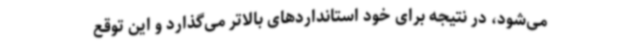
می‌شود، در نتیجه برای خود استانداردهای بالاتر می‌گذارد و این توقع